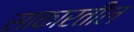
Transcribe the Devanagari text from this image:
साकारतील